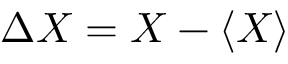
{ \mit \Delta } X = X - \langle X \rangle